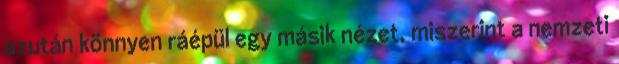
azután könnyen ráépül egy másik nézet, miszerint a nemzeti